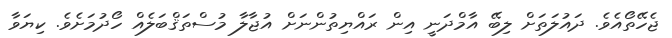
ޖެހޭތޯއެވެ. ދައުލަތަށް ލިބޭ އާމްދަނީ އިން ރައްޔިތުންނަށް އުޖާލާ މުސްތަޤްބަލެއް ހޯދުމަށެވެ. ކިޔަވާ